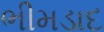
ભીમડાદ